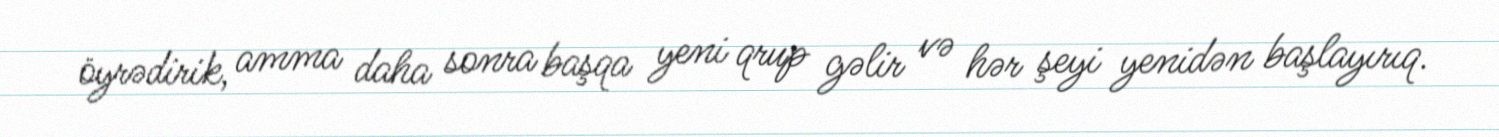
öyrədirik, amma daha sonra başqa yeni qrup gəlir və hər şeyi yenidən başlayırıq.